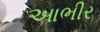
આભીર